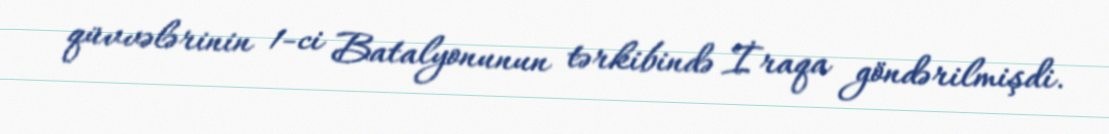
qüvvələrinin 1-ci Batalyonunun tərkibində İraqa göndərilmişdi.